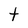
Character: t